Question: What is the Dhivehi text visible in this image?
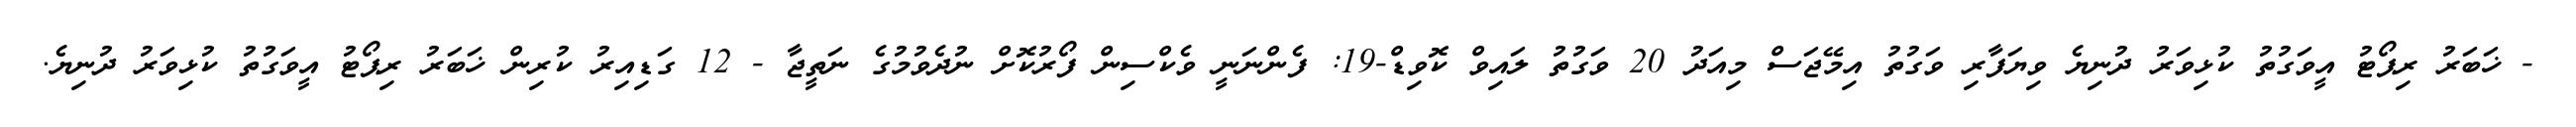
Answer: - ޚަބަރު ރިޕޯޓު އީވަގުތު ކުޅިވަރު ދުނިޔެ ވިޔަފާރި ވަގުތު އިމޭޖަސް މިއަދު 20 ވަގުތު ލައިވް ކޮވިޑް-19: ފެންނަނީ ވެކްސިން ފޯރުކޮށް ނުދެވުމުގެ ނަތީޖާ - 12 ގަޑިއިރު ކުރިން ޚަބަރު ރިޕޯޓު އީވަގުތު ކުޅިވަރު ދުނިޔެ.